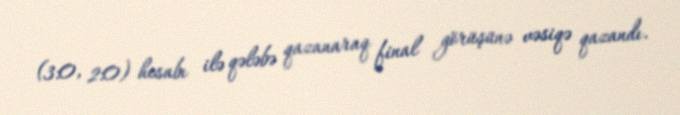
(3:0, 2:0) hesabı ilə qələbə qazanaraq final görüşünə vəsiqə qazandı.